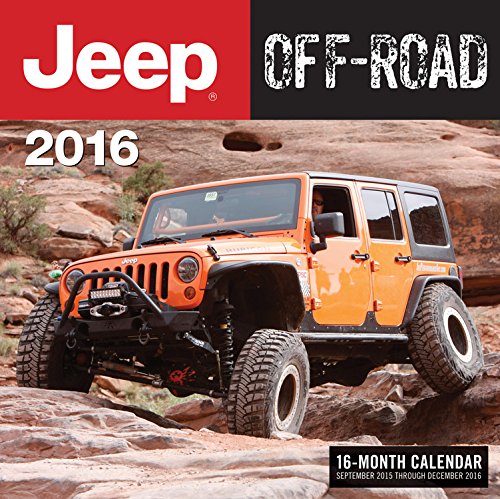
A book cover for Jeep Off-Road 2016: 16-Month Calendar September 2015 through December 2016; Calendars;